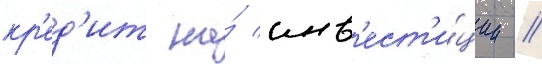
кр'ед'ит на́ инв'ест'и́ции //